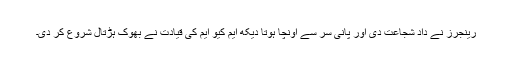
رینجرز نے داد شجاعت دی اور پانی سر سے اونچا ہوتا دیکھ ایم کیو ایم کی قیادت نے بھوک ہڑتال شروع کر دی۔